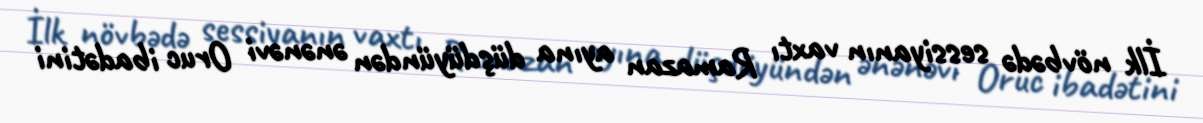
İlk növbədə sessiyanın vaxtı Ramazan ayına düşdüyündən ənənəvi Oruc ibadətini